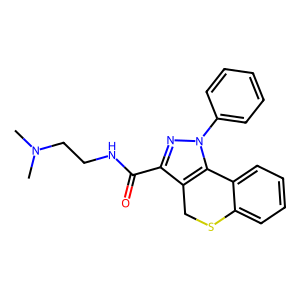
SMILES: CN(C)CCNC(=O)c1nn(-c2ccccc2)c2c1CSc1ccccc1-2
Inhibits HIV replication: No